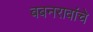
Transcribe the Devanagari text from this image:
बबनरावांचे